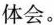
体会